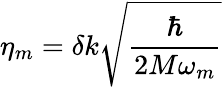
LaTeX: \eta_{m}=\delta k\sqrt{\frac{\hbar}{2M\omega_{m}}}